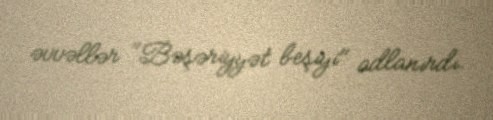
əvvəllər "Bəşəriyyət beşiyi" adlanırdı.